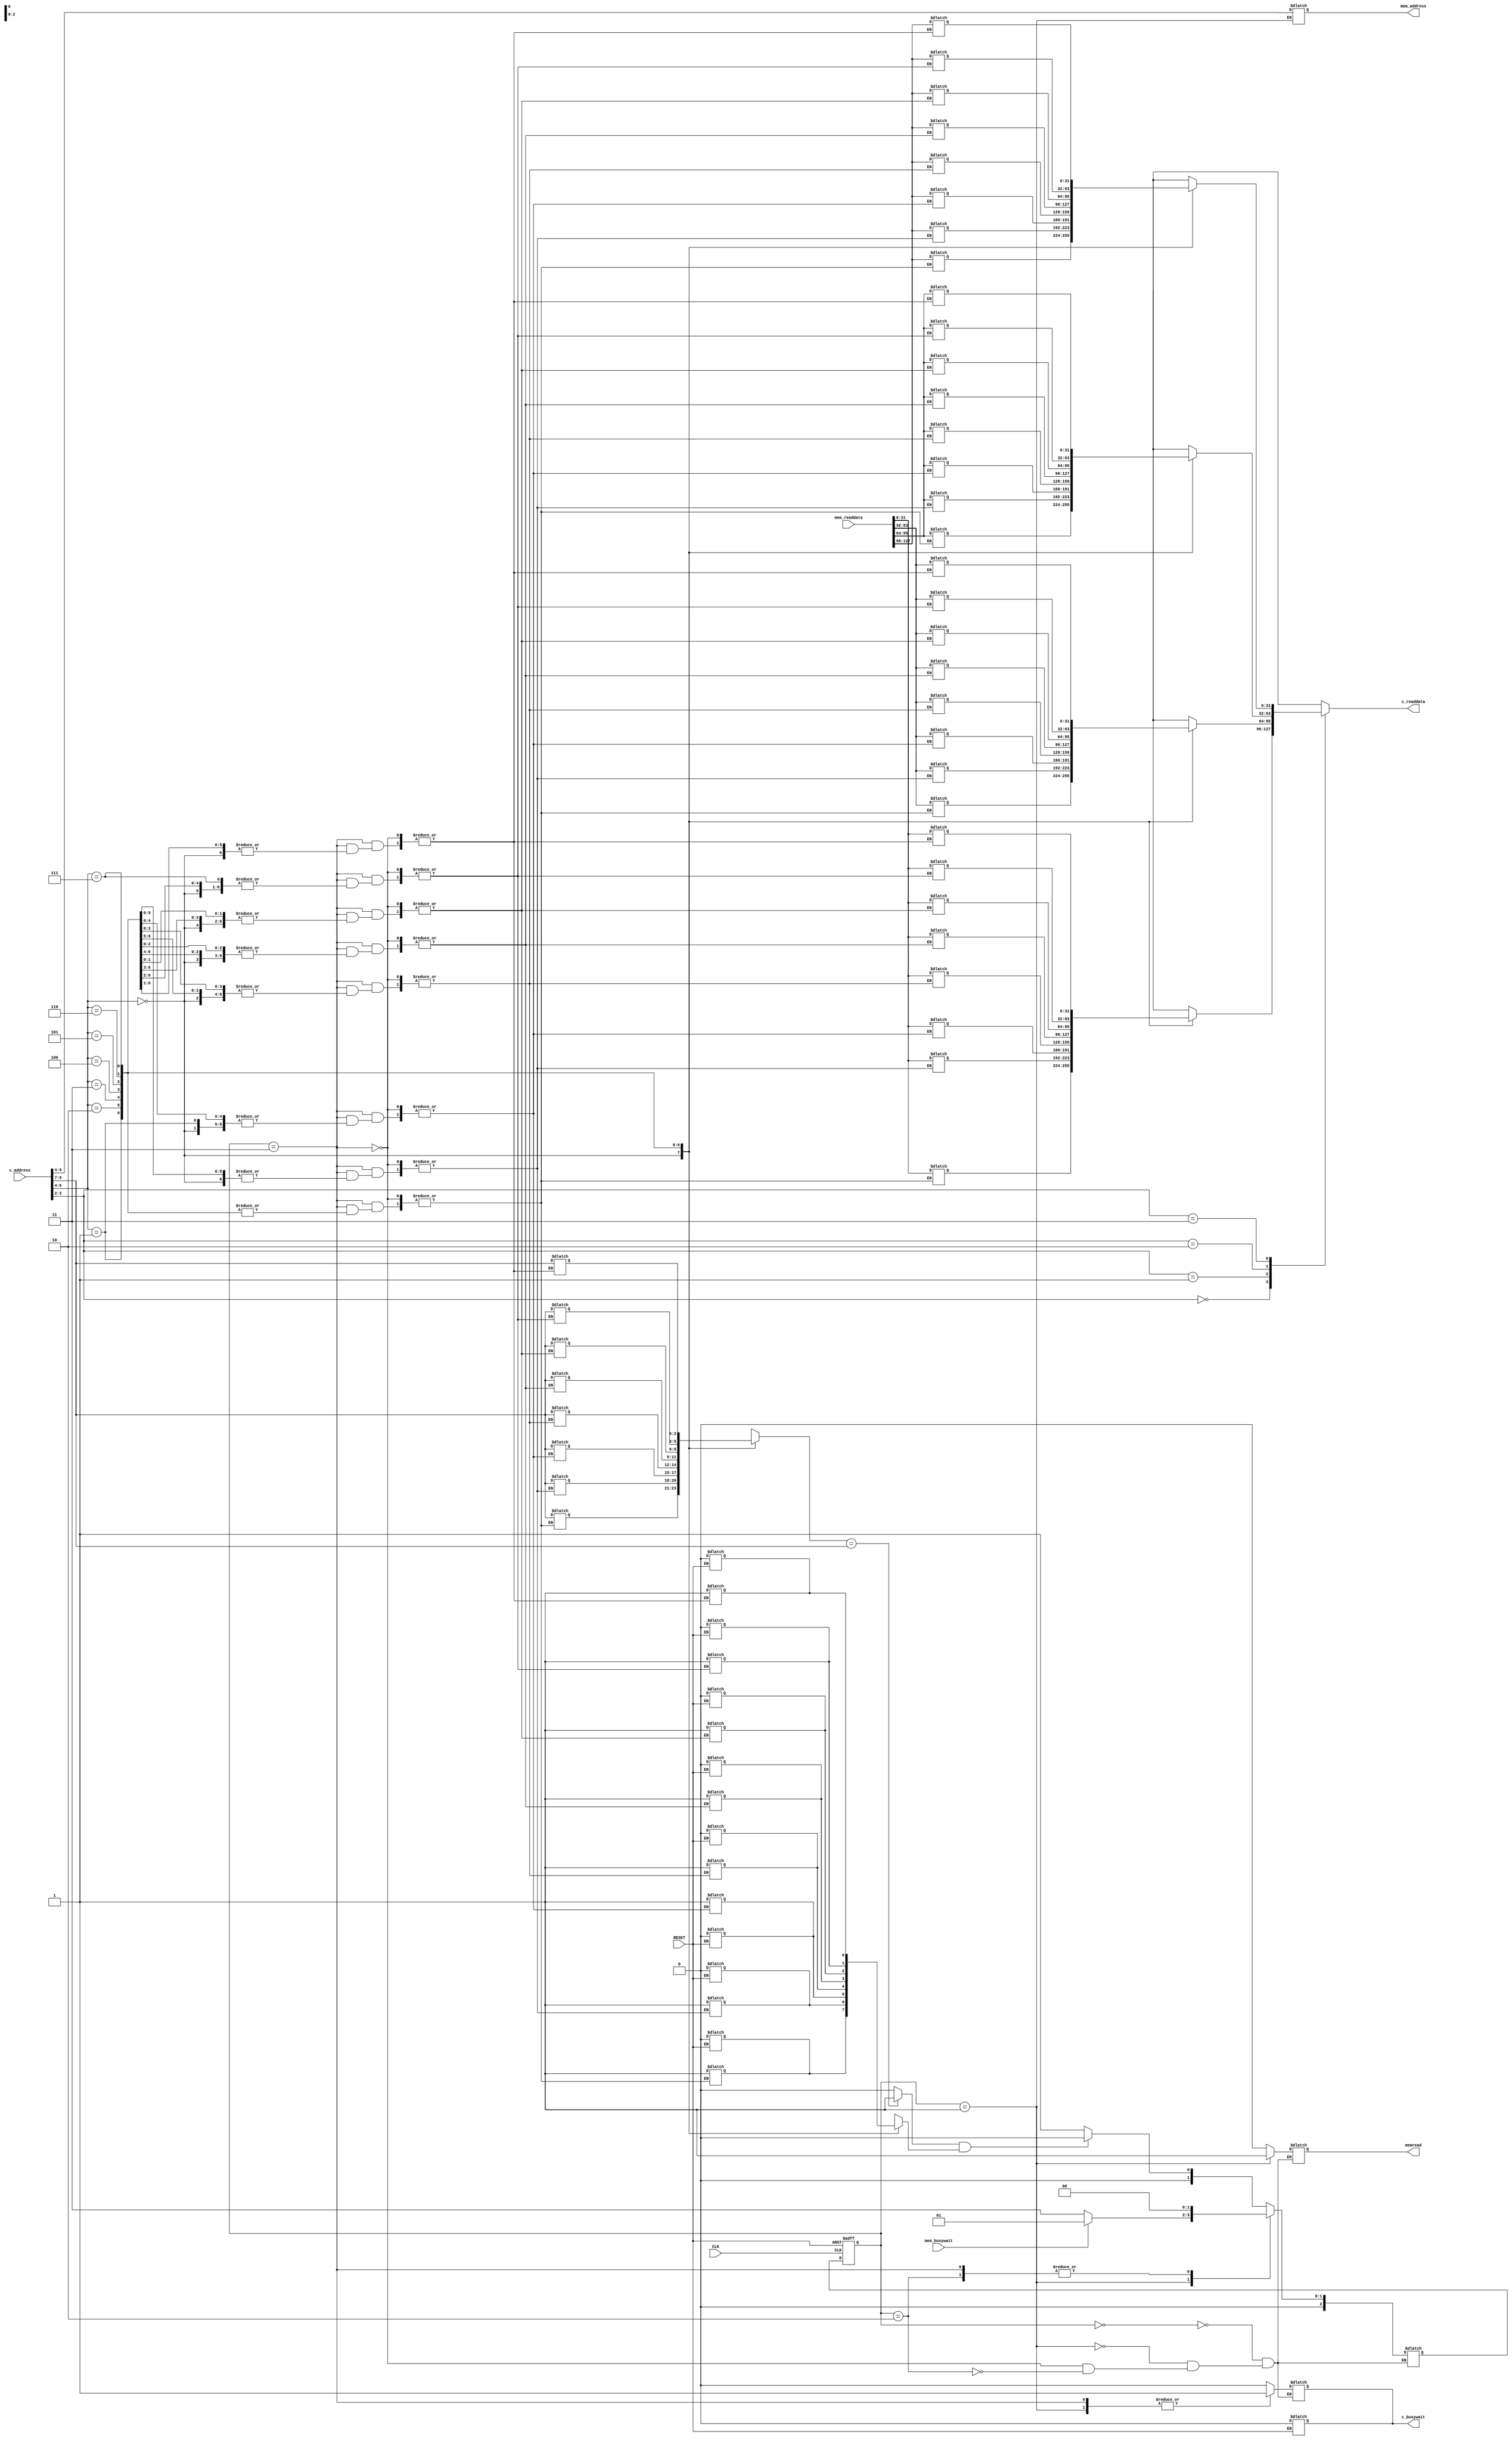
`timescale 1ns/100ps
module insCache(CLK,RESET,c_address, c_readdata,c_busywait, memread,mem_address, mem_readdata,mem_busywait);
	
	input [9:0]c_address;
	input [127:0]mem_readdata;
	input mem_busywait,CLK,RESET;

	output reg [5:0]mem_address;
	output reg [31:0]c_readdata;
	output reg c_busywait,memread;

	reg [2:0] tag[7:0];						//tag holder
	reg valid[7:0];							//valid bit holder
	reg [31:0]datab1[7:0],datab2[7:0],datab3[7:0],datab4[7:0];	// data blocks
	
		//wires to hold the current istruction's data
	wire [2:0] cache_tag ;
	wire [2:0]index,TAG;
	wire [1:0]offset; 
	wire hit ,tag_comp,valid_bit;
	

	assign index = c_address[6:4];		//splitting the address into offset,index and TAG
	assign offset = c_address[3:2];	
	assign TAG = c_address[9:7];


assign #1 cache_tag = tag[index];					//	assign the tag according to the index		
assign #0.9 tag_comp = (cache_tag == TAG)? 1:0;		//tag comparison
assign #1 valid_bit = valid[index];					// assign the valid bit according to the index
assign hit = tag_comp && valid_bit;					//decide hit

integer i;							
always @ (RESET) begin				//when reset is set initialize valid bits to 0 
	if (RESET) begin
		c_busywait =0;
		for(i=0; i<8; i=i+1) begin
			valid[i] <= 0;
		end
	end
end




always @ (*)begin		//according to the offset, chose the data block to read
	#1
	case(offset)
		0:begin
			c_readdata = datab1[index];
		end
		1: begin
			c_readdata = datab2[index];			
		end 
		2: begin
			c_readdata = datab3[index];
		end
		3: begin
			c_readdata = datab4[index];
		end
		
		endcase
end



//FSM for the cache controller
parameter IDLE = 3'b000, MEM_READ = 3'b001, MINUS_PC = 3'b010, CACHE_WRITE = 3'b011;
 reg [2:0] state, next_state;

    // combinational next state logic
    always @(*)
    begin
        case (state)
            IDLE:
                if (!hit)  
                    next_state = MEM_READ;
                
                else 
                    next_state = IDLE;
            
            MEM_READ:
                if (!mem_busywait)
                    next_state = CACHE_WRITE;
                else    
                    next_state = MEM_READ;
							
			CACHE_WRITE :
				next_state = IDLE;

			MINUS_PC : 					//handle when pc is -4
				next_state = IDLE;
			
        endcase
    end

    // combinational output logic
    always @(*)
    begin
        case(state)
            IDLE:
            begin
                memread = 0;
                c_busywait =0;            	
            end
         
            MEM_READ: 					//reading from the mem will be done in this stage
            begin
				memread = 1;			//pass the request and the address to be read to the mem
                mem_address = {TAG,index};
               	c_busywait = 1;
                            
            end
            
						
			CACHE_WRITE:			//in this state, the cache is updating 
			begin
                memread = 0;
                c_busywait =1;
  				#1
				tag[index] = TAG;				//update the tag when updating the cache
				datab1[index] = mem_readdata[31:0];	//updating the datablocks
				datab2[index] = mem_readdata[63:32];
				datab3[index] = mem_readdata[95:64];
				datab4[index] = mem_readdata[127:96];
				valid[index] = 1;
            end
			
			MINUS_PC :
			begin
				memread=0;
				c_busywait =0;
			end
        endcase
    end

    // sequential logic for state transitioning 
    always @(posedge CLK,posedge RESET)
    begin
        if(RESET)
            state = MINUS_PC;			//when reset is set handle the pc = -4 state
        else
            state = next_state;
    end
	
endmodule